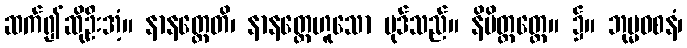
ဆက်၍ဆိုဦးအံ့။ နာနတ္တေတိ၊ နာနတ္တေဟူသော ပုဒ်သည်။ နိမိတ္တတ္ထေ။ ၌။ ဘုမ္မဝစနံ၊